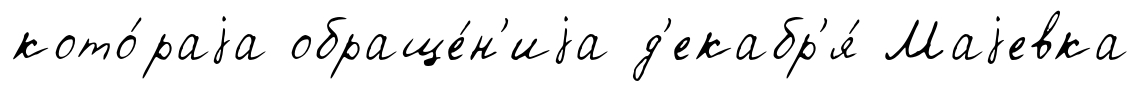
кото́раjа обраще́н'иjа д'екабр'я́ Маjевка